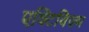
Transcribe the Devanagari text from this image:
एक्टिविज़्म